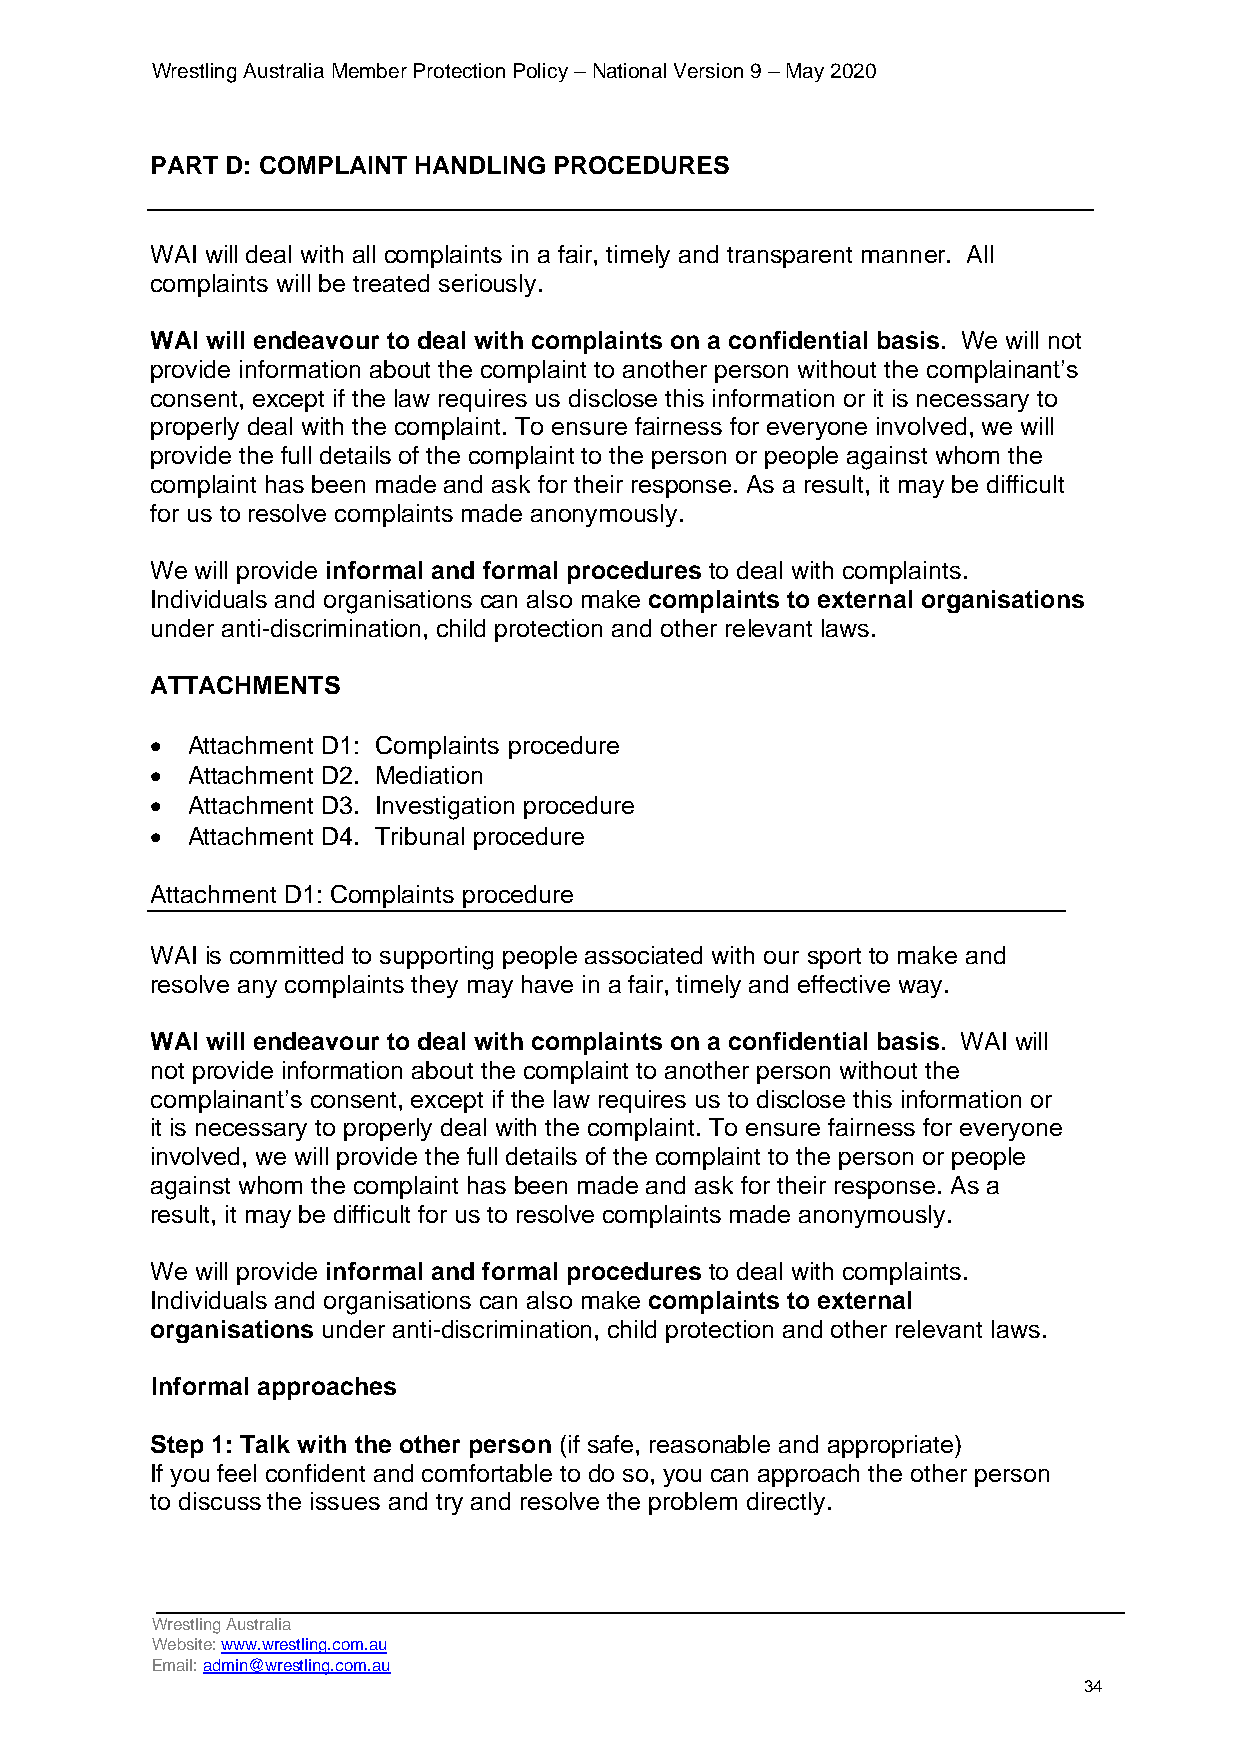
Wrestling Australia Member Protection Policy – National Version 9 – May 2020
 PART D: COMPLAINT HANDLING PROCEDURES
 WAI will deal with all complaints in a fair, timely and transparent manner. All
 complaints will be treated seriously.
 WAI will endeavour to deal with complaints on a confidential basis. We will not
 provide information about the complaint to another person without the complainant’s
 consent, except if the law requires us disclose this information or it is necessary to
 properly deal with the complaint. To ensure fairness for everyone involved, we will
 provide the full details of the complaint to the person or people against whom the
 complaint has been made and ask for their response. As a result, it may be difficult
 for us to resolve complaints made anonymously.
 We will provide informal and formal procedures to deal with complaints.
 Individuals and organisations can also make complaints to external organisations
 under anti-discrimination, child protection and other relevant laws.
 ATTACHMENTS
 • Attachment D1: Complaints procedure
 • Attachment D2. Mediation
 • Attachment D3. Investigation procedure
 • Attachment D4. Tribunal procedure
 Attachment D1: Complaints procedure
 WAI is committed to supporting people associated with our sport to make and
 resolve any complaints they may have in a fair, timely and effective way.
 WAI will endeavour to deal with complaints on a confidential basis. WAI will
 not provide information about the complaint to another person without the
 complainant’s consent, except if the law requires us to disclose this information or
 it is necessary to properly deal with the complaint. To ensure fairness for everyone
 involved, we will provide the full details of the complaint to the person or people
 against whom the complaint has been made and ask for their response. As a
 result, it may be difficult for us to resolve complaints made anonymously.
 We will provide informal and formal procedures to deal with complaints.
 Individuals and organisations can also make complaints to external
 organisations under anti-discrimination, child protection and other relevant laws.
 Informal approaches
 Step 1: Talk with the other person (if safe, reasonable and appropriate)
 If you feel confident and comfortable to do so, you can approach the other person
 to discuss the issues and try and resolve the problem directly.
 Wrestling Australia
 Website: www.wrestling.com.au
 Email: admin@wrestling.com.au
 34